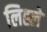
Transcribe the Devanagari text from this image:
लिह्ले